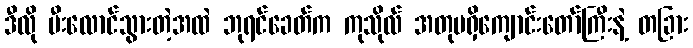
ဒီလို မီးလောင်သွားတဲ့အထဲ ဘုရင်ခေတ်က ကုသိုလ် အတုမရှိကျောင်းတော်ကြီးနဲ့ တခြား